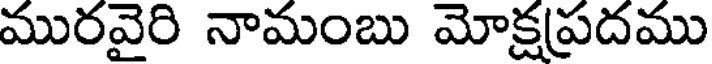
మురవైరి నామంబు మోక్షప్రదము